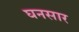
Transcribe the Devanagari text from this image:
घनसार